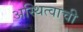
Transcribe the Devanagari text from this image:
अस्थित्वाची